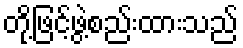
တို့ဖြင့်ဖွဲ့စည်းထားသည်